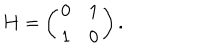
{ \bf H } = \left( \begin{array} { c c } { { 0 } } & { { 1 } } \\ { { 1 } } & { { 0 } } \\ \end{array} \right) .